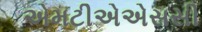
એમટીએએસસી